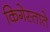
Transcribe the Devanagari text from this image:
किगेस्ताते